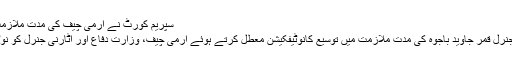
سپریم کورٹ نے آرمی چیف کی مدت ملازمت میں توسیع کا نوٹیفکیشن معطل کردیا -
اسلام آباد : سپریم کورٹ نے آرمی چیف جنرل قمر جاوید باجوہ کی مدت ملازمت میں توسیع کانوٹیفکیشن معطل کرتے ہوئے آرمی چیف، وزارت دفاع اور اٹارنی جنرل کو نوٹس جاری کردیئے اور جواب طلب کرلیا۔